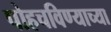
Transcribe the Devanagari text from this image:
पोहचविण्याच्या